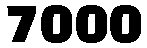
7000